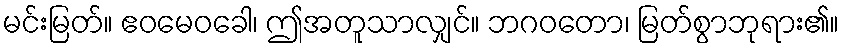
မင်းမြတ်။ ဧဝမေဝခေါ၊ ဤအတူသာလျှင်။ ဘဂဝတော၊ မြတ်စွာဘုရား၏။